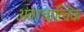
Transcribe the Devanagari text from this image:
अंतरधात्विक